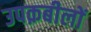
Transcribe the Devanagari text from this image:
उपक़बीलों